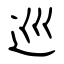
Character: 巡